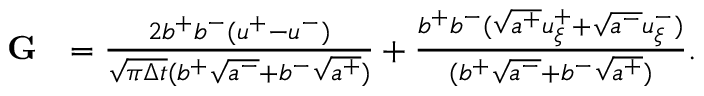
\begin{array} { r l } { \mathbf { G } } & { = \frac { 2 b ^ { + } b ^ { - } ( u ^ { + } - u ^ { - } ) } { \sqrt { \pi \Delta t } ( b ^ { + } \sqrt { a ^ { - } } + b ^ { - } \sqrt { a ^ { + } } ) } + \frac { b ^ { + } b ^ { - } ( \sqrt { a ^ { + } } u _ { \xi } ^ { + } + \sqrt { a ^ { - } } u _ { \xi } ^ { - } ) } { ( b ^ { + } \sqrt { a ^ { - } } + b ^ { - } \sqrt { a ^ { + } } ) } . } \end{array}